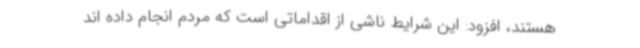
هستند، افزود: این شرایط ناشی از اقداماتی است که مردم انجام داده اند